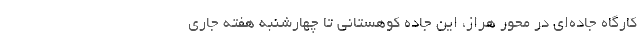
کارگاه جاده‌ای در محور هراز، این جاده کوهستانی تا چهارشنبه هفته جاری